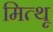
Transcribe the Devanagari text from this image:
मित्थू